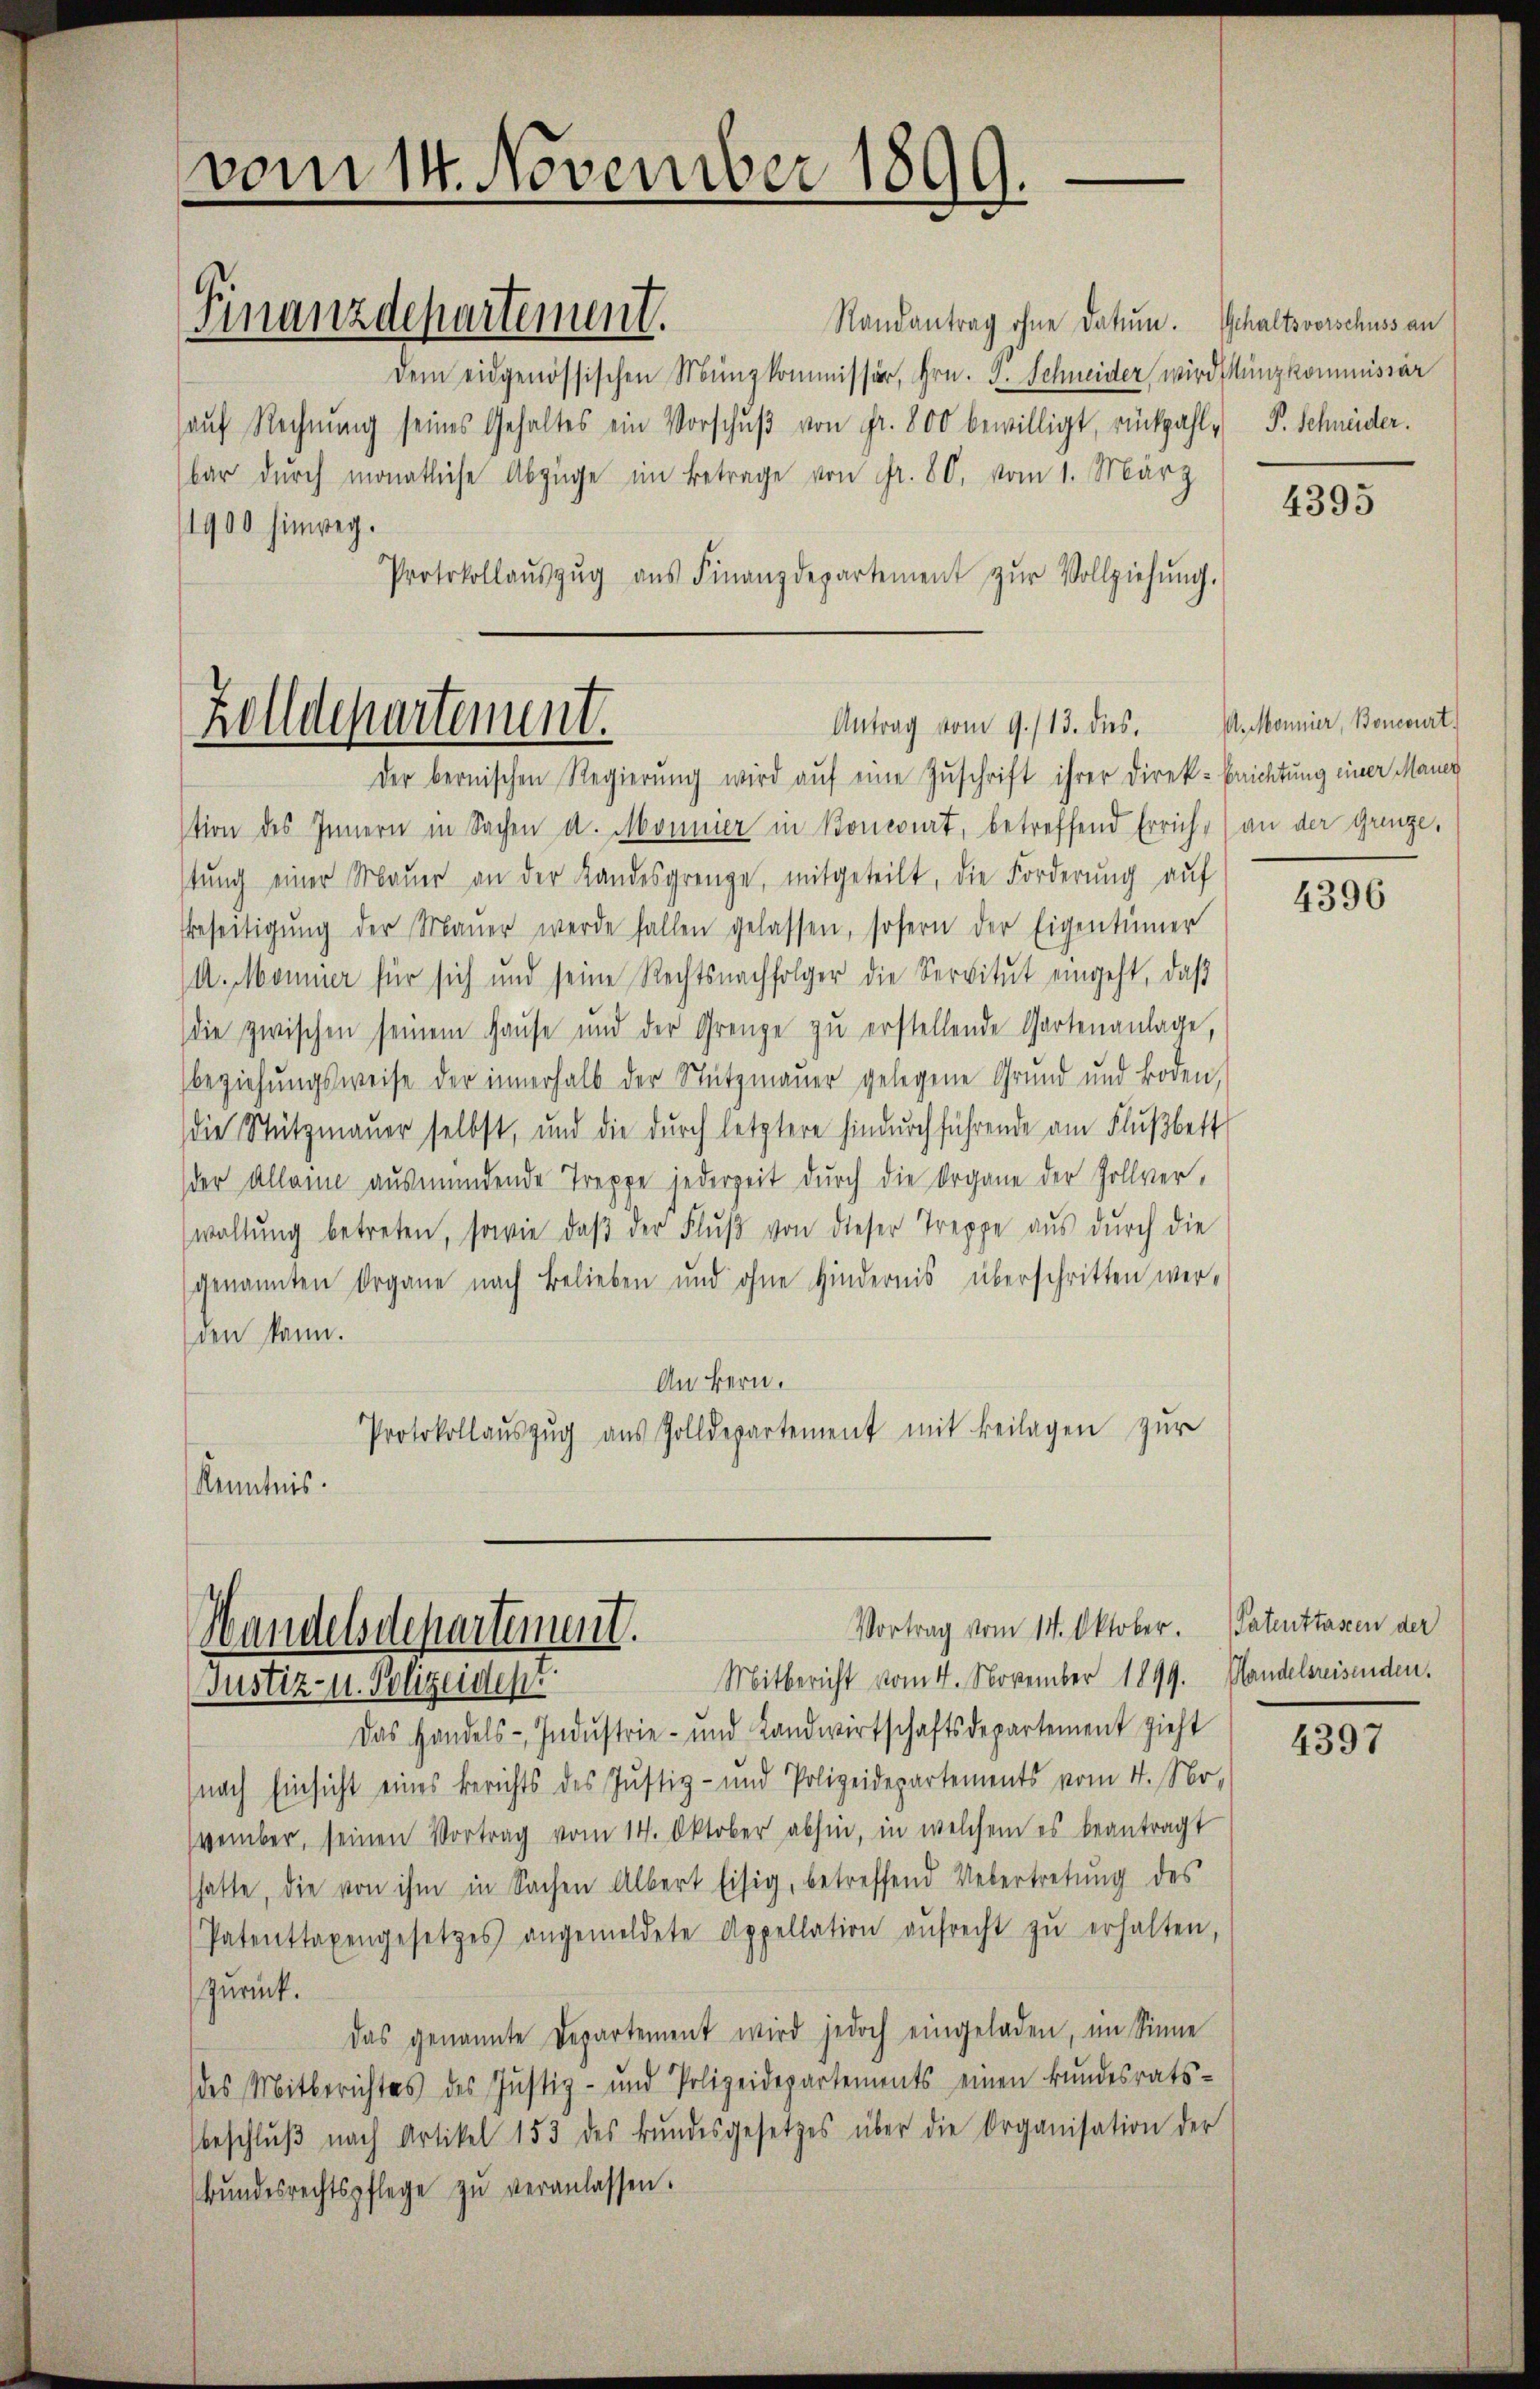
vom 14. November 1899.

Randantrag ohne Datum. Gehaltsverschuss an
dem eidgenössischen Münzkommission, Hrn. J. Schneider wird sung kommissär
haŭf Rechnŭng seines Gehaltes ein Vorschŭβ von Fr. 800 bewilligt, rückzahl- P. Schneider.
bar dŭrch monatliche Abzüge im Betrage von Fr. 80, vom 1. März
1900 hinweg.
Protokollaŭszŭg aŭs Finanzdepartement zŭr Vollziehŭng.

Zolldepartement.
Antrag vom 9./13. dies

Finanzdepartement.

der bernischen Regierung wird aŭf eine Zuschrift ihrer Direk-Brichtung einer Mauer
stion des Innern in Sachen d. Monnier in Koncert, betreffend Erricht (an der Grenze,
stŭng einer Maŭer an der Landesgrenge, mitgeteilt, die Forderŭng aŭf
Beseitigŭng der Maŭer werde fallen gelassen, sofern der Eigentümer
(A. Monier für sich und seine Rechtsnachfolger die Servitŭt eingeht, daβ
die zwischen seinem Hause und der Grenze zu erstellende Gartenanlage,
beziehungsweise der innerhalb der Stützmaŭer gelegene Grund und Boden,
die Stützmauer selbst, und die durch letztere hindurchführende am Flußbett
der Alleine ausmündende Treppe jederzeit durch die Organe der Zollverwaltŭng betreten, sowie daβ der Flŭβ von dieser Treppe aus durch die
genannten Organe nach Belieben und ohne Hindernis überschritten werden kann.
An Bern.
Protokollaŭszŭg aŭs Zolldepartement mit Beilagen zŭr
Kenntnis.

Vortrag vom 14. Oktober. Patenttassen der
Handelsdepartement.
Mitbericht vom 4. November 1899. Mandelsreisenden.
(Justiz- u. Polizeiden.

Das Handels- Industrie- und Landwirtschaftsdepartement zieht
nach Einsicht eines Berichts des Justiz- und Polizeidepartements vom 4. Nr.
vember, seinen Vortrag vom 14. Oktober abhin, in welchem es beantragt
hatte, die von ihm in Sachen Albert Eisig, betreffend Uebertretŭng des
Patenttaxengesetzes angemeldete Appellation aŭfrecht zŭ erhalten,
zurück.
Das genannte Departement wird jedoch eingeladen, im Sinne
des Mitberichtes des Justiz- und Polizeidepartements einen Bundesrats-
beschlŭβ nach Artikel 153 des Bŭndesgesetzes über die Organisation der
bŭndesrechtspflege zŭ veranlassen.

4395

V. Monnier, Boneburt.

4396

4397